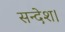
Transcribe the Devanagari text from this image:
सन्देश।